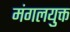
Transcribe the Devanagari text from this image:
मंगलयुक्त